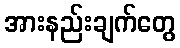
အားနည်းချက်တွေ